Leprosy in India: report of the Leprosy Commission in India, 1890-91
Year: 1890
Disease focus: Leprosy
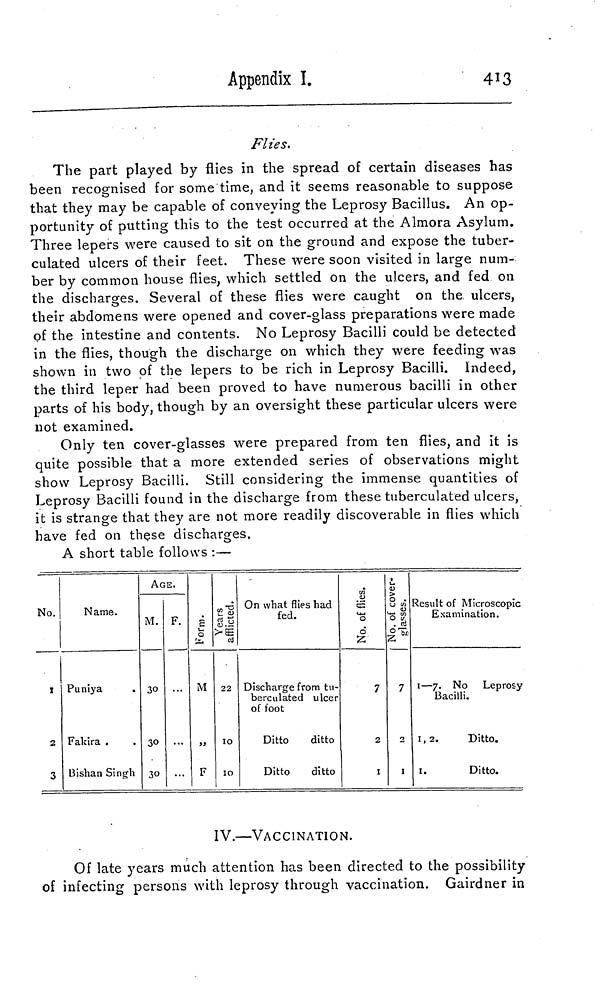
Appendix I.
413
Flies.
The part played by flies in the spread of certain diseases has
been recognised for some time, and it seems reasonable to suppose
that they may be capable of conveying the Leprosy Bacillus. An op-
portunity of putting this to the test occurred at the Almora Asylum.
Three lepers were caused to sit on the ground and expose the tuber-
culated ulcers of their feet. These were soon visited in large num-
ber by common house flies, which settled on the ulcers, and fed on
the discharges. Several of these flies were caught on the ulcers,
their abdomens were opened and cover-glass preparations were made
of the intestine and contents. No Leprosy Bacilli could be detected
in the flies, though the discharge on which they were feeding was
shown in two of the lepers to be rich in Leprosy Bacilli. Indeed,
the third leper had been proved to have numerous bacilli in other
parts of his body, though by an oversight these particular ulcers were
not examined.
Only ten cover-glasses were prepared from ten flies, and it is
quite possible that a more extended series of observations might
show Leprosy Bacilli. Still considering the immense quantities of
Leprosy Bacilli found in the discharge from these tuberculated ulcers,
it is strange that they are not more readily discoverable in flies which
have fed on these discharges.
A short table follows :—
No.
2
3
Name.
Puniya
Fakira
Bishan Singh
AGE.
M.
30
30
30
F.
S
0
M
»
F
Years afflicted
22
10
10
On what flies had
fed.
Discharge from tu-
berculated ulcer
of foot
Ditto
ditto
Ditto
ditto
No. of flies
7
2
1
No. of cover-
glasses.
7
2
1
Result of Microscopic
Examination.
1—7. No Leprosy
Bacilli.
1, 2.
Ditto.
1.
Ditto.
IV.—VACCINATION.
Of late years much attention has been directed to the possibility
of infecting persons with leprosy through vaccination. Gairdner in